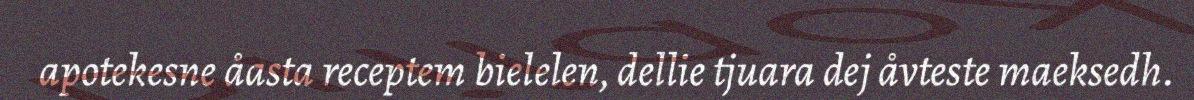
apotekesne åasta receptem bielelen, dellie tjuara dej åvteste maeksedh.